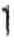
1